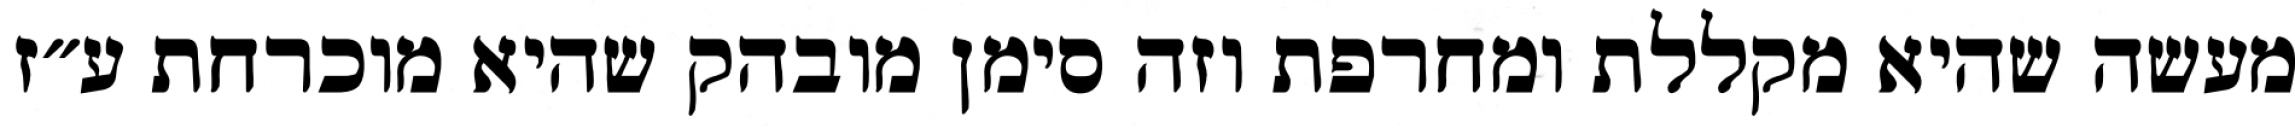
מעשה שהיא מקללת ומחרפת וזה סימן מובהק שהיא מוכרחת ע״ז